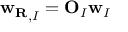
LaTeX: { \bf w _ { R } } _ { , I } = { \bf O } _ { I } { \bf w } _ { I }